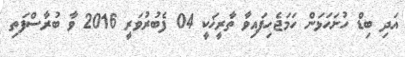
އަދި ބިޑް ހުށަހަޅަން ހަމަޖެހިފައިވާ ތާރީޚަކީ 04 ފެބުރުވަރީ 2016 ވާ ބުރާސްފަތި